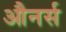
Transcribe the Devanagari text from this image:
औनर्स